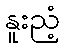
နူးညံ့